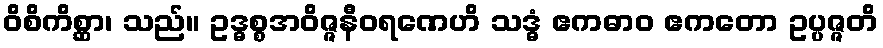
ဝိစိကိစ္ဆာ၊ သည်။ ဥဒ္ဓစ္စအဝိဇ္ဇနီဝရဏေဟိ သဒ္ဓံ ဧကဓာဝ ဧကတော ဥပ္ပဇ္ဇတိ